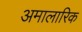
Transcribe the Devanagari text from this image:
अमालारिक